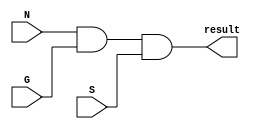
module fAND(N,G,S,result);            //Module AND
input N,G,S;
output result;
reg result;
always @ (N,G,S,result) begin
result= (N&G&S);
end
endmodule